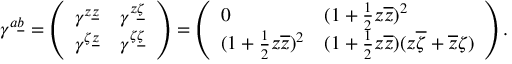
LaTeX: \gamma ^ { a \underline { { b } } } = \left( \begin{array} { l l } { { \gamma ^ { z \underline { { z } } } } } & { { \gamma ^ { z \underline { { \zeta } } } } } \\ { { \gamma ^ { \zeta \underline { { z } } } } } & { { \gamma ^ { \zeta \underline { { \zeta } } } } } \end{array} \right) = \left( \begin{array} { l l } { { 0 } } & { { ( 1 + { \frac { 1 } { 2 } } z \overline { { z } } ) ^ { 2 } } } \\ { { ( 1 + { \frac { 1 } { 2 } } z \overline { { z } } ) ^ { 2 } } } & { { ( 1 + { \frac { 1 } { 2 } } z \overline { { z } } ) ( z \overline { { \zeta } } + \overline { { z } } \zeta ) } } \end{array} \right) .